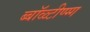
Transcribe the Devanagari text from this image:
ब्बॉळ्टीण्ग्ग